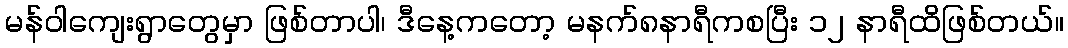
မန်ဝါကျေးရွာတွေမှာ ဖြစ်တာပါ၊ ဒီနေ့ကတော့ မနက်၈နာရီကစပြီး ၁၂ နာရီထိဖြစ်တယ်။